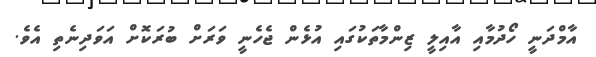
އާމްދަނީ ހޯދުމާއި އާއިލީ ޒިންމާތަކުގައި އުޅެން ޖެހެނީ ވަރަށް ބުރަކޮށް އަވަދިނެތި އެވެ.